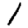
Digit: 1